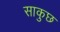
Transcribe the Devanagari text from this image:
साकुछ